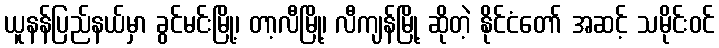
ယူနန်ပြည်နယ်မှာ ခွင်မင်းမြို့၊ တာ့လီမြို့၊ လီကျန်မြို့ ဆိုတဲ့ နိုင်ငံတော် အဆင့် သမိုင်းဝင်